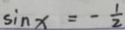
\sin x = - \frac { 1 } { 2 }